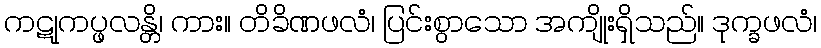
ကဋုကပ္ဖလန္တိ၊ ကား။ တိခိဏဖလံ၊ ပြင်းစွာသော အကျိုးရှိသည်။ ဒုက္ခဖလံ၊